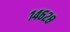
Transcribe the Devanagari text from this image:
१४६२८